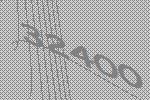
32400